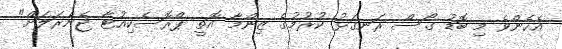
އެހެންވެ މި ބޮޑު ގޯސް ރަނގަޅު ކުރުމުގެ ޒިންމާ އޮތީ ޕްރޮސެކިއުޓާ ޖެނެރަލަށް"